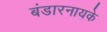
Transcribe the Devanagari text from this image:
बंडारनायके